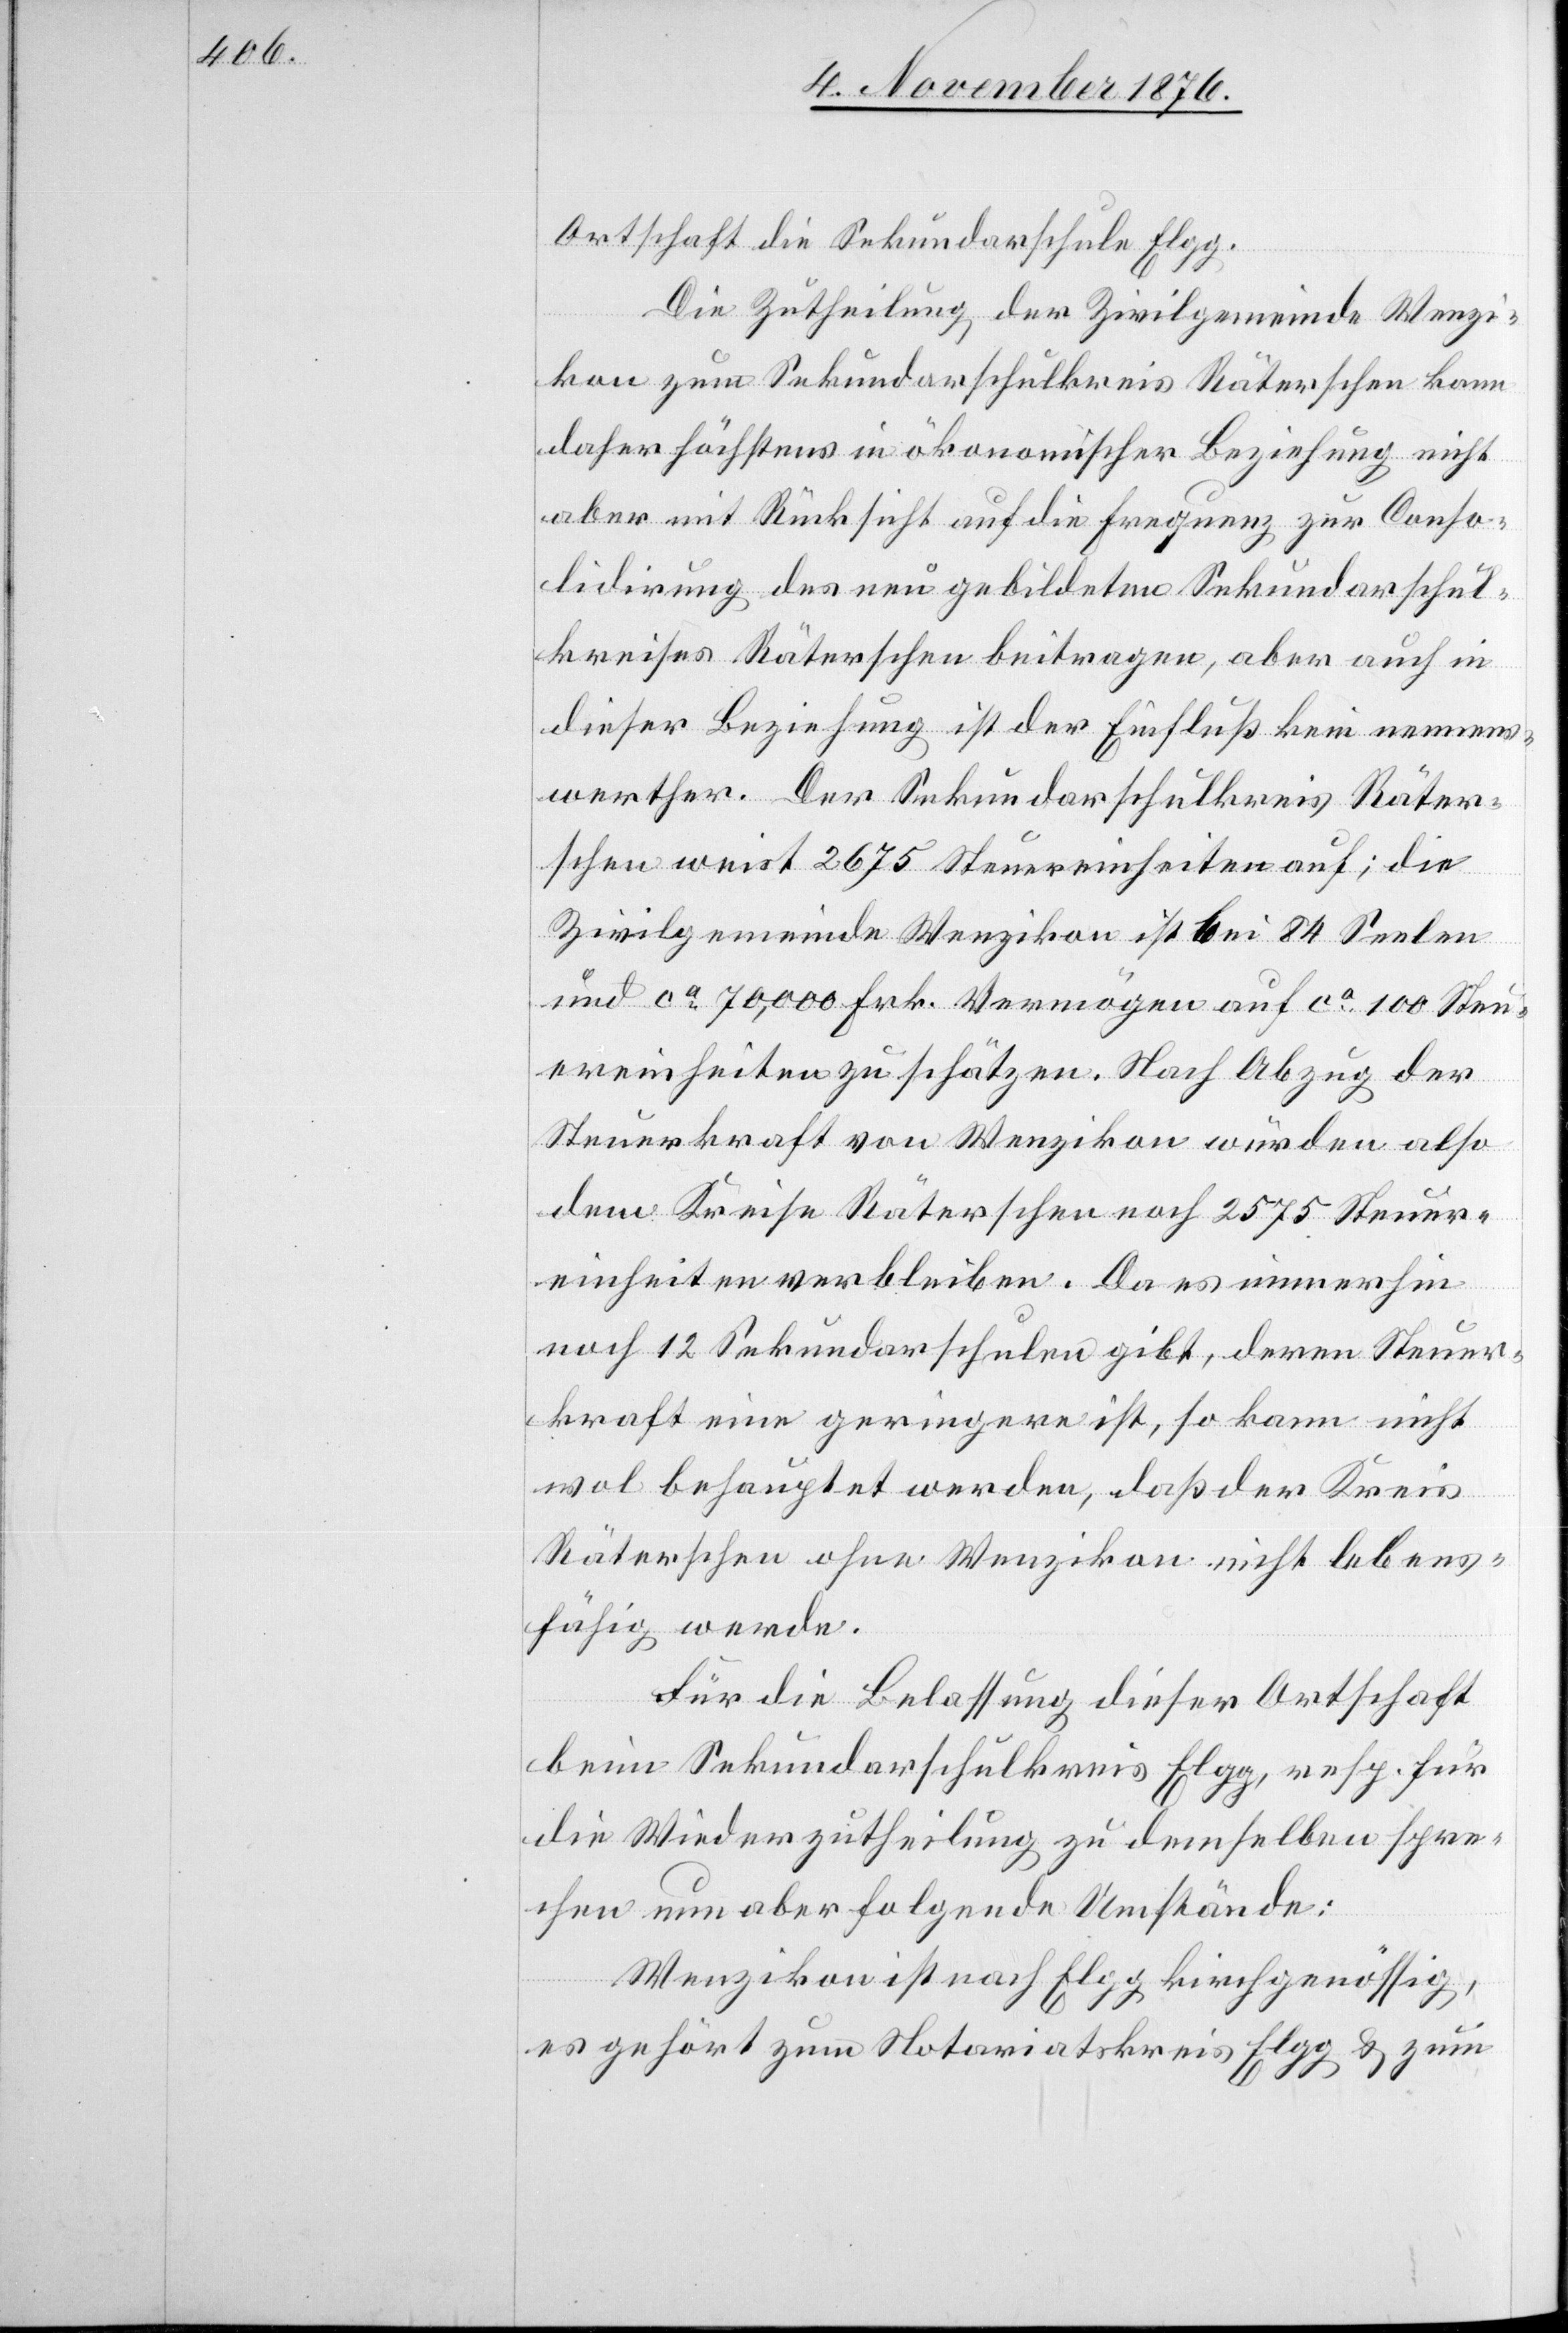
Ortschaft die Sekundarschule Elgg.
Die Zutheilung der Zivilgemeinde Wenzi¬
kon zum Sekundarschulkreis Räterschen kann
daher höchstens in ökonomischer Beziehung nicht
aber mit Rücksicht auf die Frequenz zur Conso¬
lidirung des neu gebildeten Sekundarschul¬
kreises Räterschen beitragen, aber auch in
dieser Beziehung ist der Einfluß kein nennens¬
werther. Der Sekundarschulkreis Räter¬
schen weist 2675 Steuereinheiten auf; die
Zivilgemeinde Wenzikon ist bei 84 Seelen
und ca 70,000 Frk. Vermögen auf ca 100 Steu¬
ereinheiten zu schätzen. Nach Abzug der
Steuerkraft von Wenzikon würden also
dem Kreise Räterschen noch 2575 Steuer¬
einheiten verbleiben. Da es immerhin
noch 12 Sekundarschulen gib, deren Steuer¬
kraft eine geringere ist, so kann nicht
wol behauptet werden, daß der Kreis
Räterschen ohne Wenzikon nicht lebens¬
fähig werde.
Für die Belassung dieser Ortschaft
beim Sekundarschulkreis Elgg, resp. für
die Wiederzutheilung zu demselben spre¬
chen nun aber folgende Umstände:
Wenzikon ist nach Elgg kirchgenössig,
es gehört zum Notariatskreis Elgg & zum